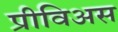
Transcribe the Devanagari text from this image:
प्रीविअस